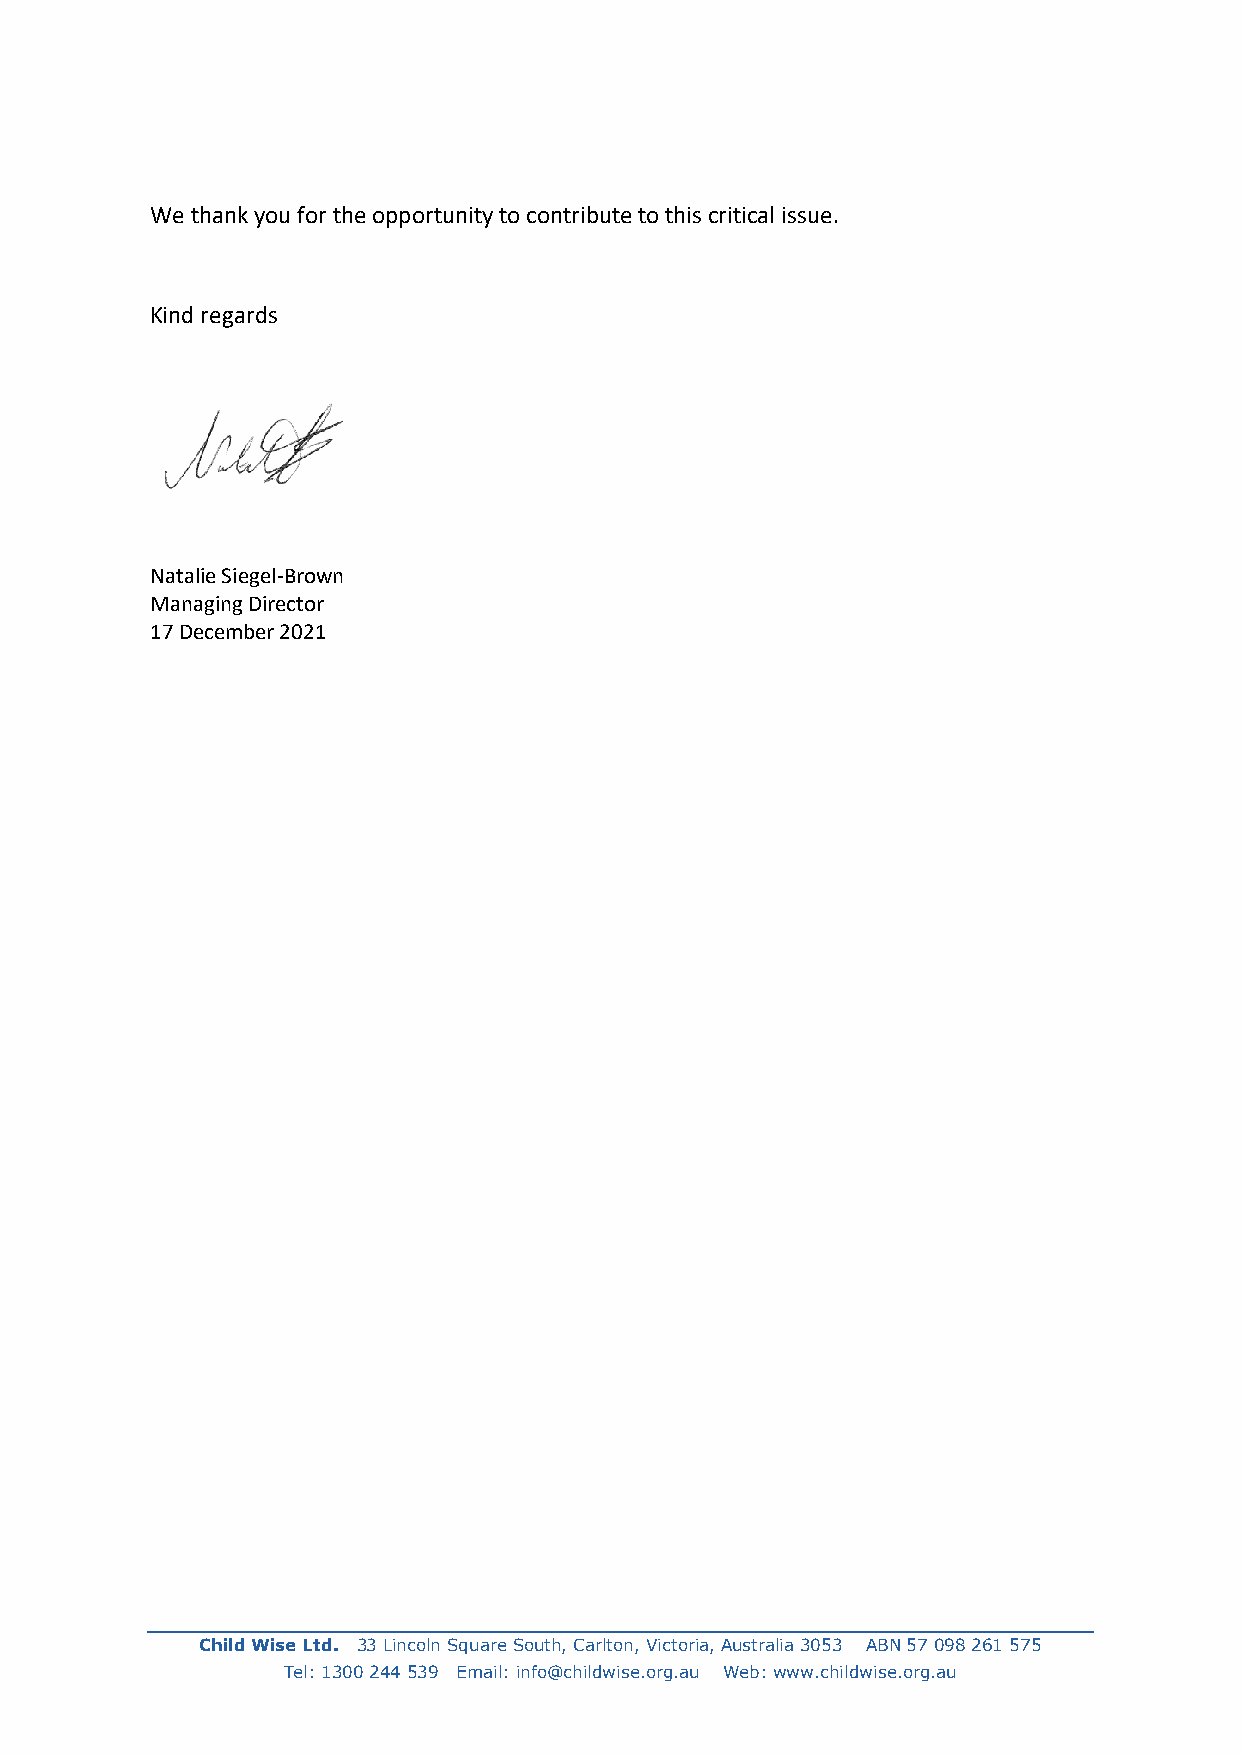
We thank you for the opportunity to contribute to this critical issue.
 Kind regards
 Natalie Siegel-Brown
 Managing Director
 17 December 2021
 Child Wise Ltd. 33 Lincoln Square South, Carlton, Victoria, Australia 3053 ABN 57 098 261 575
 Tel: 1300 244 539 Email: info@childwise.org.au Web: www.childwise.org.au